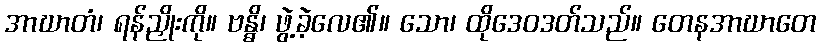
အာဃာတံ၊ ရန်ညှိုးကို။ ဗန္ဓိ၊ ဖွဲ့ခဲ့လေ၏။ သော၊ ထိုဒေဝဒတ်သည်။ တေနအာဃာတေ